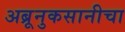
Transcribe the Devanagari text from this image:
अब्रूनुकसानीचा